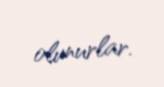
olunurlar.